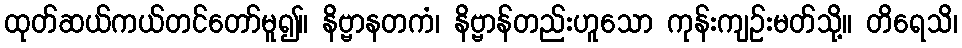
ထုတ်ဆယ်ကယ်တင်တော်မူ၍။ နိဗ္ဗာနတကံ၊ နိဗ္ဗာန်တည်းဟူသော ကုန်းကျဉ်းမတ်သို့။ တိရေသိ၊